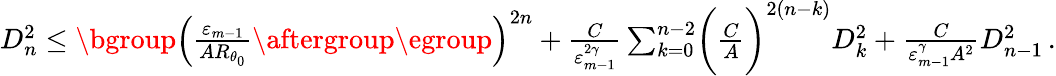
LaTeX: \begin{array}{r}{D_{n}^{2}\leq\mathopen{}\mathclose\bgroup\left(\frac{\varepsilon_{m-1}}{AR_{\theta_{0}}}\aftergroup\egroup\right)^{2n}+\frac{C}{\varepsilon_{m-1}^{2\gamma}}\sum_{k=0}^{n-2}\biggl(\frac{C}{A}\biggr)^{2(n-k)}D_{k}^{2}+\frac{C}{\varepsilon_{m-1}^{\gamma}A^{2}}D_{n-1}^{2}\, .}\end{array}